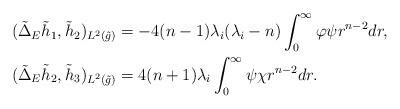
LaTeX: \begin{align*}\begin{aligned} (\tilde{\Delta}_E\tilde{h}_1,\tilde{h}_2)_{L^2(\tilde{g})}&= -4(n-1)\lambda_i(\lambda_i-n)\int_0^{\infty}\varphi\psi r^{n-2}dr,\\(\tilde{\Delta}_E\tilde{h}_2,\tilde{h}_3)_{L^2(\tilde{g})}&= 4(n+1)\lambda_i\int_0^{\infty}\psi\chi r^{n-2}dr. \end{aligned} \end{align*}